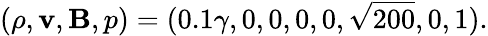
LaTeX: (\rho,\mathbf{v},\mathbf{B},p)=(0.1\gamma,0,0,0,0,\sqrt{200},0,1).